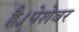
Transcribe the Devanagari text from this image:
है।पेशेवर